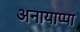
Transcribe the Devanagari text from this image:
अनायाप्पा